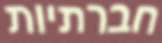
חברתיות